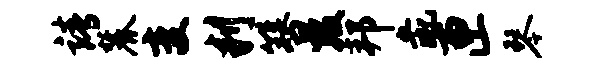
靖麓变判簪数邦彘匣琴